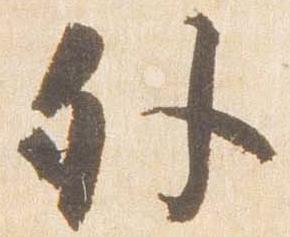
外